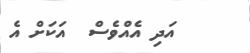
އަދި އެއްވެސް  އަކަށް އެ